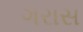
ગરાસ